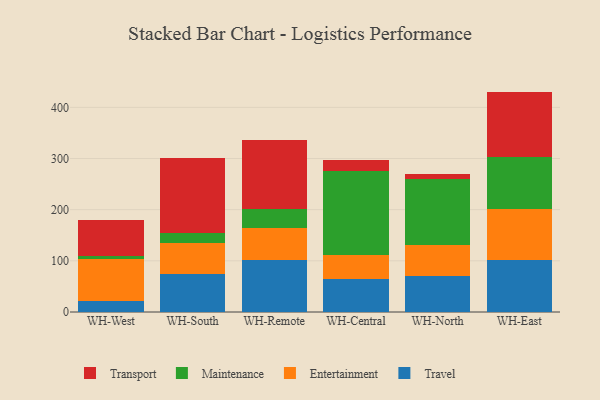
{"axis": {"x": "Warehouse", "y": "Energy Usage (MWh)"}, "legend": ["Entertainment", "Maintenance", "Transport", "Travel"], "data": [{"x": "WH-West", "y": 21.4, "type": "Travel"}, {"x": "WH-West", "y": 82.5, "type": "Entertainment"}, {"x": "WH-West", "y": 6.0, "type": "Maintenance"}, {"x": "WH-West", "y": 70.6, "type": "Transport"}, {"x": "WH-South", "y": 74.8, "type": "Travel"}, {"x": "WH-South", "y": 60.8, "type": "Entertainment"}, {"x": "WH-South", "y": 18.2, "type": "Maintenance"}, {"x": "WH-South", "y": 146.8, "type": "Transport"}, {"x": "WH-Remote", "y": 101.6, "type": "Travel"}, {"x": "WH-Remote", "y": 62.7, "type": "Entertainment"}, {"x": "WH-Remote", "y": 36.7, "type": "Maintenance"}, {"x": "WH-Remote", "y": 135.8, "type": "Transport"}, {"x": "WH-Central", "y": 64.7, "type": "Travel"}, {"x": "WH-Central", "y": 47.3, "type": "Entertainment"}, {"x": "WH-Central", "y": 164.4, "type": "Maintenance"}, {"x": "WH-Central", "y": 20.5, "type": "Transport"}, {"x": "WH-North", "y": 70.1, "type": "Travel"}, {"x": "WH-North", "y": 61.6, "type": "Entertainment"}, {"x": "WH-North", "y": 127.4, "type": "Maintenance"}, {"x": "WH-North", "y": 10.0, "type": "Transport"}, {"x": "WH-East", "y": 101.6, "type": "Travel"}, {"x": "WH-East", "y": 100.7, "type": "Entertainment"}, {"x": "WH-East", "y": 100.1, "type": "Maintenance"}, {"x": "WH-East", "y": 128.4, "type": "Transport"}]}